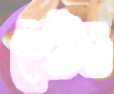
গেটও